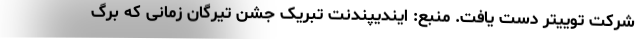
شرکت توییتر دست یافت. منبع: ایندیپندنت تبریک جشن تیرگان زمانی که برگ